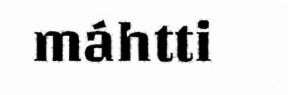
máhtti